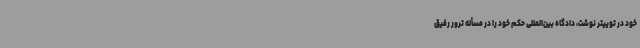
خود در توییتر نوشت، دادگاه بین‌المللی حکم خود را در مسأله ترور رفیق